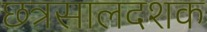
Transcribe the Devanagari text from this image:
छत्रसालदशक